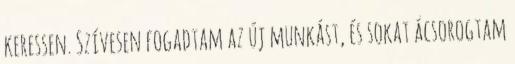
keressen. Szívesen fogadtam az új munkást, és sokat ácsorogtam